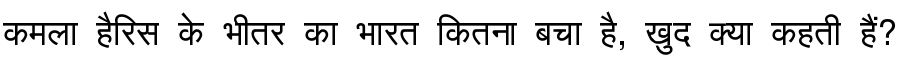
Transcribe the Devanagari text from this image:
कमला हैरिस के भीतर का भारत कितना बचा है, ख़ुद क्या कहती हैं?